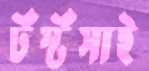
টঁস্টঁসাই